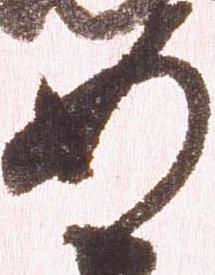
如